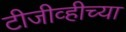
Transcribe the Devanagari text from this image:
टीजीव्हीच्या